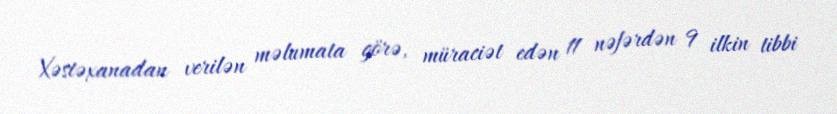
Xəstəxanadan verilən məlumata görə, müraciət edən 11 nəfərdən 9 ilkin tibbi